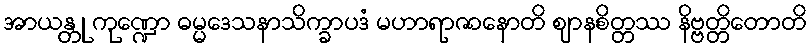
အာယန္တု ကုဏ္ဍော ဓမ္မဒေသနာသိက္ခာပဒံ မဟာရာဇာနောတိ ဈာနစိတ္တဿ နိဗ္ဗတ္တိတောတိ